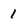
Character: 1